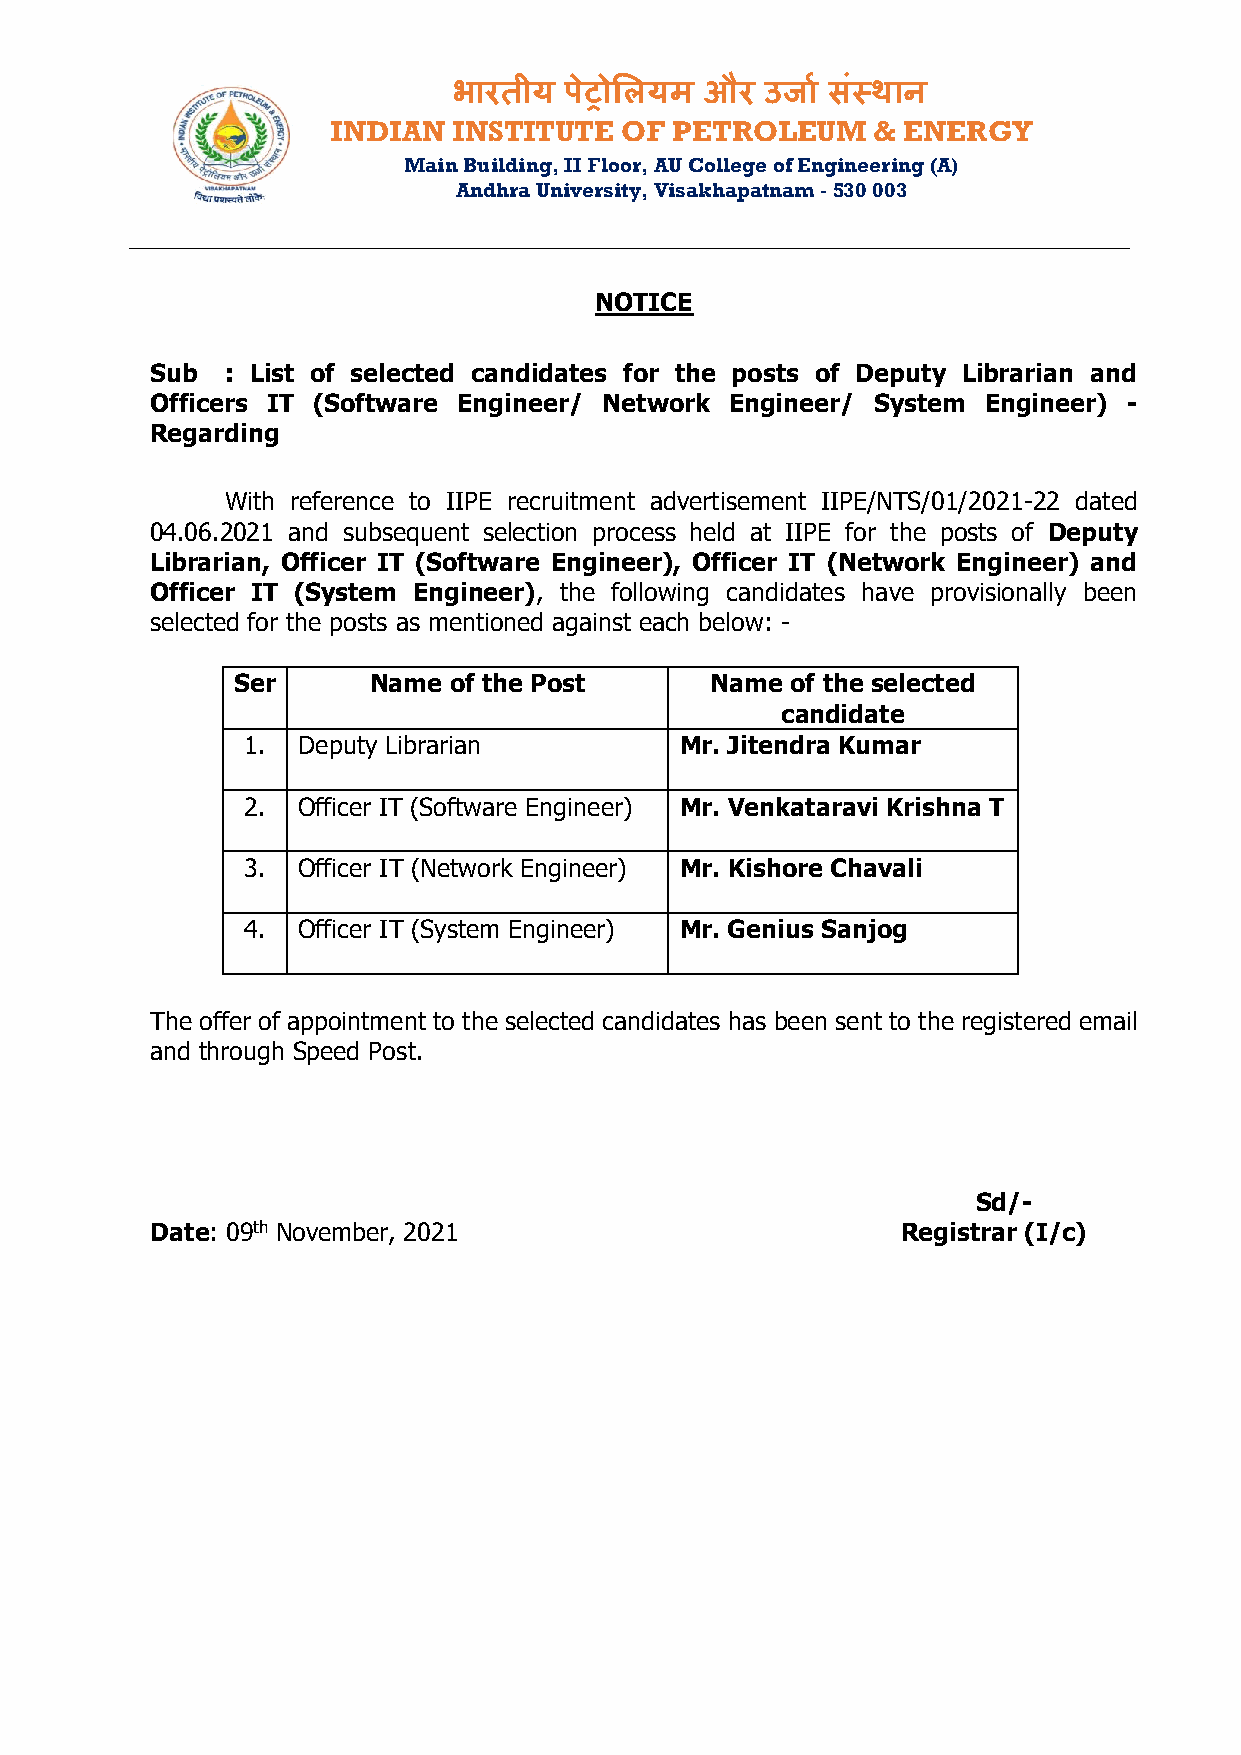
भारतीय पेट्रोलियम और उर्ाा संस्थान
 INDIAN  INSTITUTE  OF  PETROLEUM    & ENERGY
 Main Building, II Floor, AU College of Engineering (A)
 Andhra University, Visakhapatnam - 530 003
 ________________________________________________________________________________________________
 NOTICE
 Sub  : List of selected candidates for the posts of Deputy Librarian and
 Officers IT (Software Engineer/ Network Engineer/ System Engineer) -
 Regarding
 With reference to IIPE recruitment advertisement IIPE/NTS/01/2021-22 dated
 04.06.2021 and subsequent selection process held at IIPE for the posts of Deputy
 Librarian, Officer IT (Software Engineer), Officer IT (Network Engineer) and
 Officer IT (System Engineer), the following candidates have provisionally been
 selected for the posts as mentioned against each below: -
 Ser     Name  of the Post      Name of the selected
 candidate
 1.  Deputy Librarian         Mr. Jitendra Kumar
 2.  Officer IT (Software Engineer) Mr. Venkataravi Krishna T
 3.  Officer IT (Network Engineer) Mr. Kishore Chavali
 4.  Officer IT (System Engineer) Mr. Genius Sanjog
 The offer of appointment to the selected candidates has been sent to the registered email
 and through Speed Post.
 Sd/-
 Date: 09th November, 2021                         Registrar (I/c)